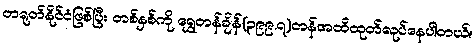
တရုတ်နိုင်ငံဖြစ်ပြီး တစ်နှစ်ကို ရွှေတန်ချိန်(၃၉၉.၇)တန်အထိထုတ်လုပ်နေပါတယ်။